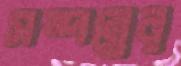
সম্পন্নের